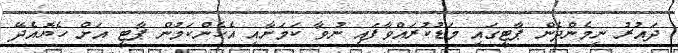
ދައުރު ނިމެންދެން ޕާޓީގައި މަޑުކުރައްވާފައި ނުވާ ކަމަށާއި އެހެންކަމުން ޕާޓީ އަށް ހެޔޮއެދޭ